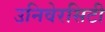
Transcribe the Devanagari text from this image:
उनिवेरसिटी